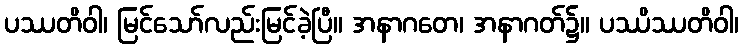
ပဿတိဝါ၊ မြင်သော်လည်းမြင်ခဲ့ပြီ။ အနာဂတေ၊ အနာဂတ်၌။ ပဿိဿတိဝါ၊